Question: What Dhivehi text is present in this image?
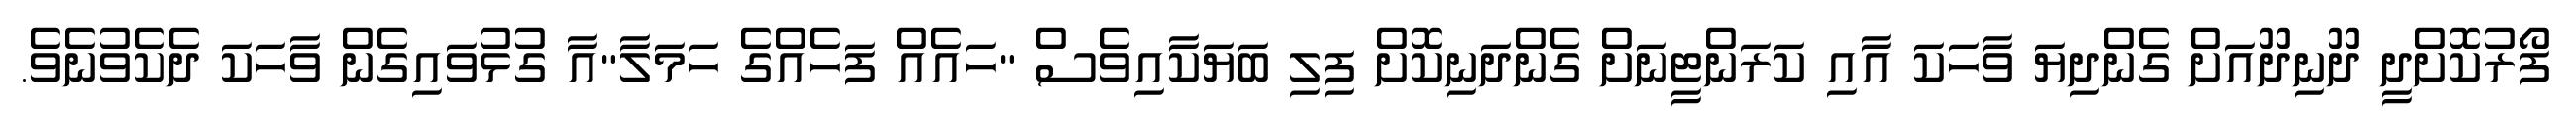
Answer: ފޯރުކޮށްދީ ދޫނިދޫއަށް ގެންދިޔަ ވާހަކަ އާއި ކަރަންޓީނަށް ގެންދަނިކޮށް ފިލި ބަޔަކާއިވެސް "ހައެއް ފަހެއްގެ ހަމަލާ"އާ ގުޅުވައިގެން ވާހަކަ ދެކެވުނެވެ.